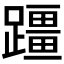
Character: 𫏣